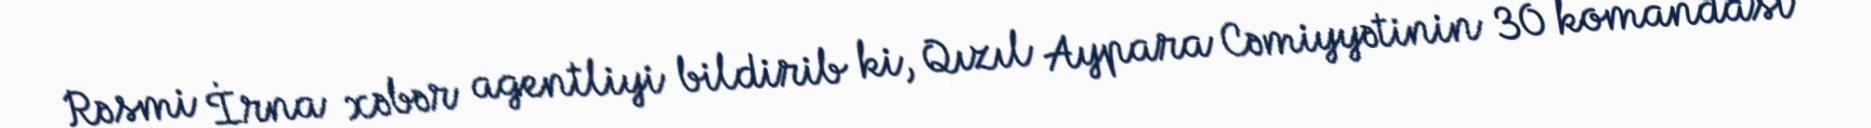
Rəsmi İrna xəbər agentliyi bildirib ki, Qızıl Aypara Cəmiyyətinin 30 komandası